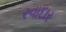
રવાદાર